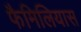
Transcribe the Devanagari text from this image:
फैमिलियास